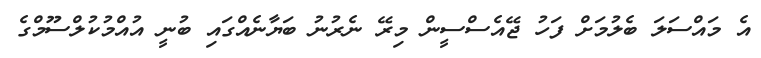
އެ މައްސަލަ ބެލުމަށް ފަހު ޖޭއެސްސީން މިރޭ ނެރުނު ބަޔާނެއްގައި ބުނީ އުއްމުކުލްސޫމްގެ